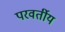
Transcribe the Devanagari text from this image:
परवर्तीय